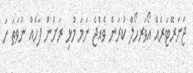
ޖަނަރޭޓަރެއް އޯވަރހޯލް ކުރަން ވެއްޖެ ނަމަ މުޅި ރަށުން ފަހެއް ނުވަތަ ހަ